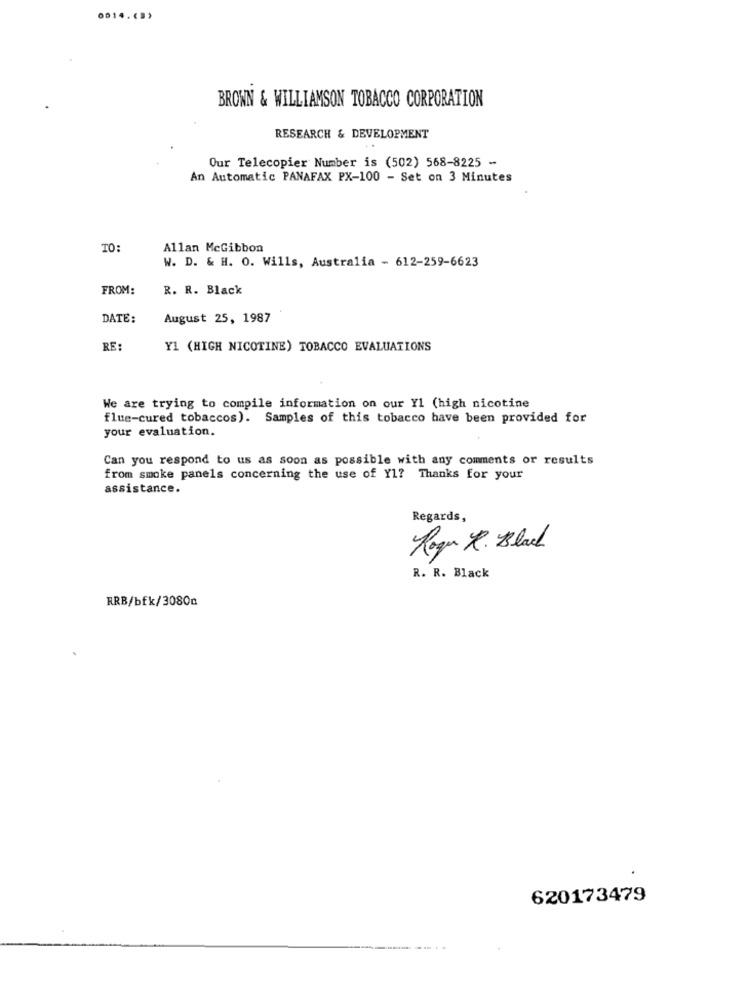
0014.(">
BROWN & WILLIAMSON TOBACCO CORPORATION
RESEARCH & DEVELOPMENT
Our Telecopier Number is (502) 568-8225 -
An Automatic PANAFAX PX-100 - Set on 3 Minutes
TO:
Allan McGibbon
W. D. & H. O. Wills, Australia - 612-259-6623
FROM:
R. R. Black
DATE:
August 25, 1987
RE:
Y1 (HIGH NICOTINE) TOBACCO EVALUATIONS
We are trying to compile information on our Y1 (high nicotine
flue-cured tobaccos). Samples of this tobacco have been provided for
your evaluation.
Can you respond to us as soon as possible with any comments or results
from smoke panels concerning the use of Yl? Thanks for your
assistance.
Regards,
Roger R. Black
R. R. Black
RRB/bfk/3080n
620173479